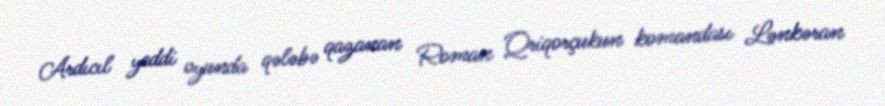
Ardıcıl yeddi oyunda qələbə qazanan Roman Qriqorçukun komandası Lənkəran